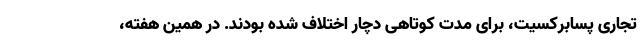
تجاری پسابرکسیت، برای مدت کوتاهی دچار اختلاف شده بودند. در همین هفته،